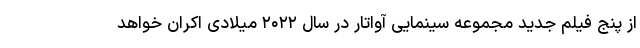
از پنج فیلم جدید مجموعه سینمایی آواتار در سال ۲۰۲۲ میلادی اکران خواهد